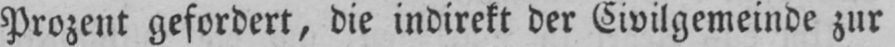
Prozent gefordert, die indirekt der Civilgemeinde zur